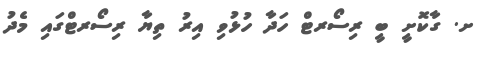
ށ. ގާކޮށީ ބީ ރިސޯރޓް ހަދާ ހުޅުވި އިރު ތިޔާ ރިސޯރޓްގައި މެދު